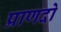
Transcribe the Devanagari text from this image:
प्राणदो